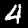
Label: 4